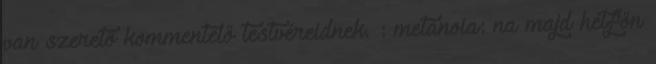
van szerető kommentelő testvéreidnek. : metanoia: na majd hétfőn